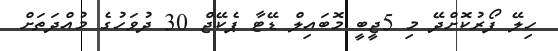
ހިލޭ ފޯރުކޮށްދޭ މި 5ޖީބީ މޮބައިލް ޑޭޓާ ޕެކޭޖް 30 ދުވަހުގެ މުއްދަތަށް